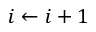
i \gets i + 1